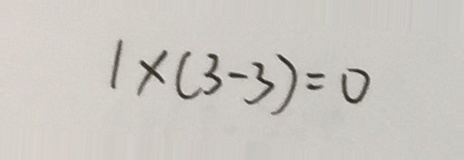
1 \times ( 3 - 3 ) = 0